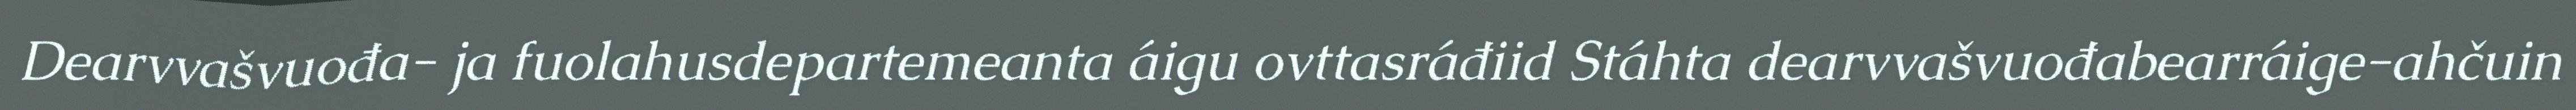
Dearvvašvuođa- ja fuolahusdepartemeanta áigu ovttasráđiid Stáhta dearvvašvuođabearráige-ahčuin